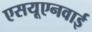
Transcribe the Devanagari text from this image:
एसयूएनवाई